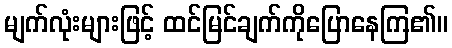
မျက်လုံးများဖြင့် ထင်မြင်ချက်ကိုပြောနေကြ၏။